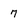
Character: 7